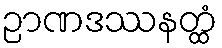
ဉာဏဒဿနတ္ထံ